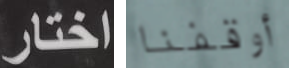
اختار أوقفنا